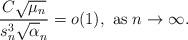
LaTeX: \begin{align*} \frac{C \sqrt{\mu_n}}{s_n^3\sqrt\alpha_n}=o(1), \mbox{ as } n\rightarrow\infty. \end{align*}